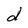
Character: d